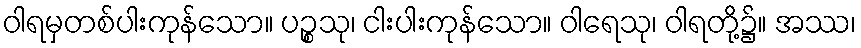
ဝါရမှတစ်ပါးကုန်သော။ ပဉ္စသု၊ ငါးပါးကုန်သော။ ဝါရေသု၊ ဝါရတို့၌။ အဿ၊